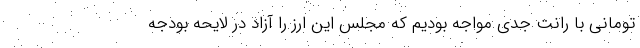
تومانی با رانت جدی مواجه بودیم که مجلس این ارز را آزاد در لایحه بودجه